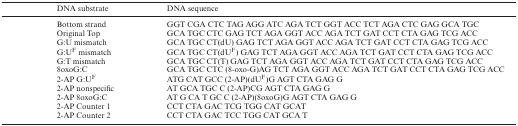
<table><thead><tr><td>[EMPTY_CELL]</td><td><b>DNA substrate</b></td><td><b>DNA sequence</b></td></tr></thead><tbody><tr><td>[EMPTY_CELL]</td><td>Bottom strand</td><td>GGT CGA CTC TAG AGG ATC AGA TCT GGT ACC TCT AGA CTC GAG GCA TGC</td></tr><tr><td>[EMPTY_CELL]</td><td>Original Top</td><td>GCA TGC CTC GAG TCT AGA GGT ACC AGA TCT GAT CCT CTA GAG TCG ACC</td></tr><tr><td>[EMPTY_CELL]</td><td>G:U mismatch</td><td>GCA TGC CT(dU) GAG TCT AGA GGT ACC AGA TCT GAT CCT CTA GAG TCG ACC</td></tr><tr><td>[EMPTY_CELL]</td><td>G:U<sup>F</sup> mismatch</td><td>GCA TGC CT(dU<sup>F</sup>) GAG TCT AGA GGT ACC AGA TCT GAT CCT CTA GAG TCG ACC</td></tr><tr><td>[EMPTY_CELL]</td><td>G:T mismatch</td><td>GCA TGC CT(T) GAG TCT AGA GGT ACC AGA TCT GAT CCT CTA GAG TCG ACC</td></tr><tr><td>[EMPTY_CELL]</td><td>8oxoG:C</td><td>GCA TGC CTC (8-oxo-G)AG TCT AGA GGT ACC AGA TCT GAT CCT CTA GAG TCG ACC</td></tr><tr><td>[EMPTY_CELL]</td><td>2-AP G:U<sup>F</sup></td><td>ATG CAT GCC (2-AP)(dU<sup>F</sup>)G AGT CTA GAG G</td></tr><tr><td>[EMPTY_CELL]</td><td>2-AP nonspecific</td><td>AT GCA TGC C (2-AP)CG AGT CTA GAG G</td></tr><tr><td>[EMPTY_CELL]</td><td>2-AP 8oxoG:C</td><td>AT G CA T GC C (2-AP)(8oxoG)G AGT CTA GAG G</td></tr><tr><td>[EMPTY_CELL]</td><td>2-AP Counter 1</td><td>CCT CTA GAC TCG TGG CAT GCAT</td></tr><tr><td>[EMPTY_CELL]</td><td>2-AP Counter 2</td><td>CCT CTA GAC TCC TGG CAT GCA T</td></tr></tbody></table>